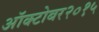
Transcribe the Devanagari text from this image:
ऑक्टोबर२०१५